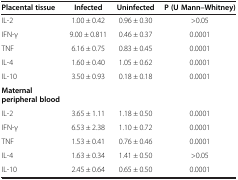
| Placental tissue | Infected | Uninfected | P (U Mann–Whitney) |
 | --- | --- | --- | --- |
 | IL-2 | 1.00 ± 0.42 | 0.96 ± 0.30 | >0.05 |
 | IFN-γ | 9.00 ± 0.811 | 0.46 ± 0.37 | 0.0001 |
 | TNF | 6.16 ± 0.75 | 0.83 ± 0.45 | 0.0001 |
 | IL-4 | 1.60 ± 0.40 | 1.05 ± 0.62 | 0.0001 |
 | IL-10 | 3.50 ± 0.93 | 0.18 ± 0.18 | 0.0001 |
 | Maternal peripheral blood |  |  |  |
 | IL-2 | 3.65 ± 1.11 | 1.18 ± 0.50 | 0.0001 |
 | IFN-γ | 6.53 ± 2.38 | 1.10 ± 0.72 | 0.0001 |
 | TNF | 1.53 ± 0.41 | 0.76 ± 0.46 | 0.0001 |
 | IL-4 | 1.63 ± 0.34 | 1.41 ± 0.50 | >0.05 |
 | IL-10 | 2.45 ± 0.64 | 0.65 ± 0.50 | 0.0001 |